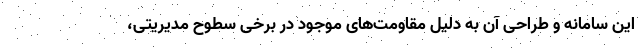
این سامانه و طراحی آن به دلیل مقاومت‌های موجود در برخی سطوح مدیریتی،